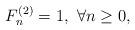
LaTeX: \begin{align*}F_n^{\left(2\right)} =1,\,\, \forall n\ge0,\end{align*}